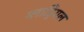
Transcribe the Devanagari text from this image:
ग्लाड्रियल